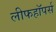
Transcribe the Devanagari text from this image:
लीफहॉपर्स